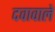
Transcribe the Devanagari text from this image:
दवावाले